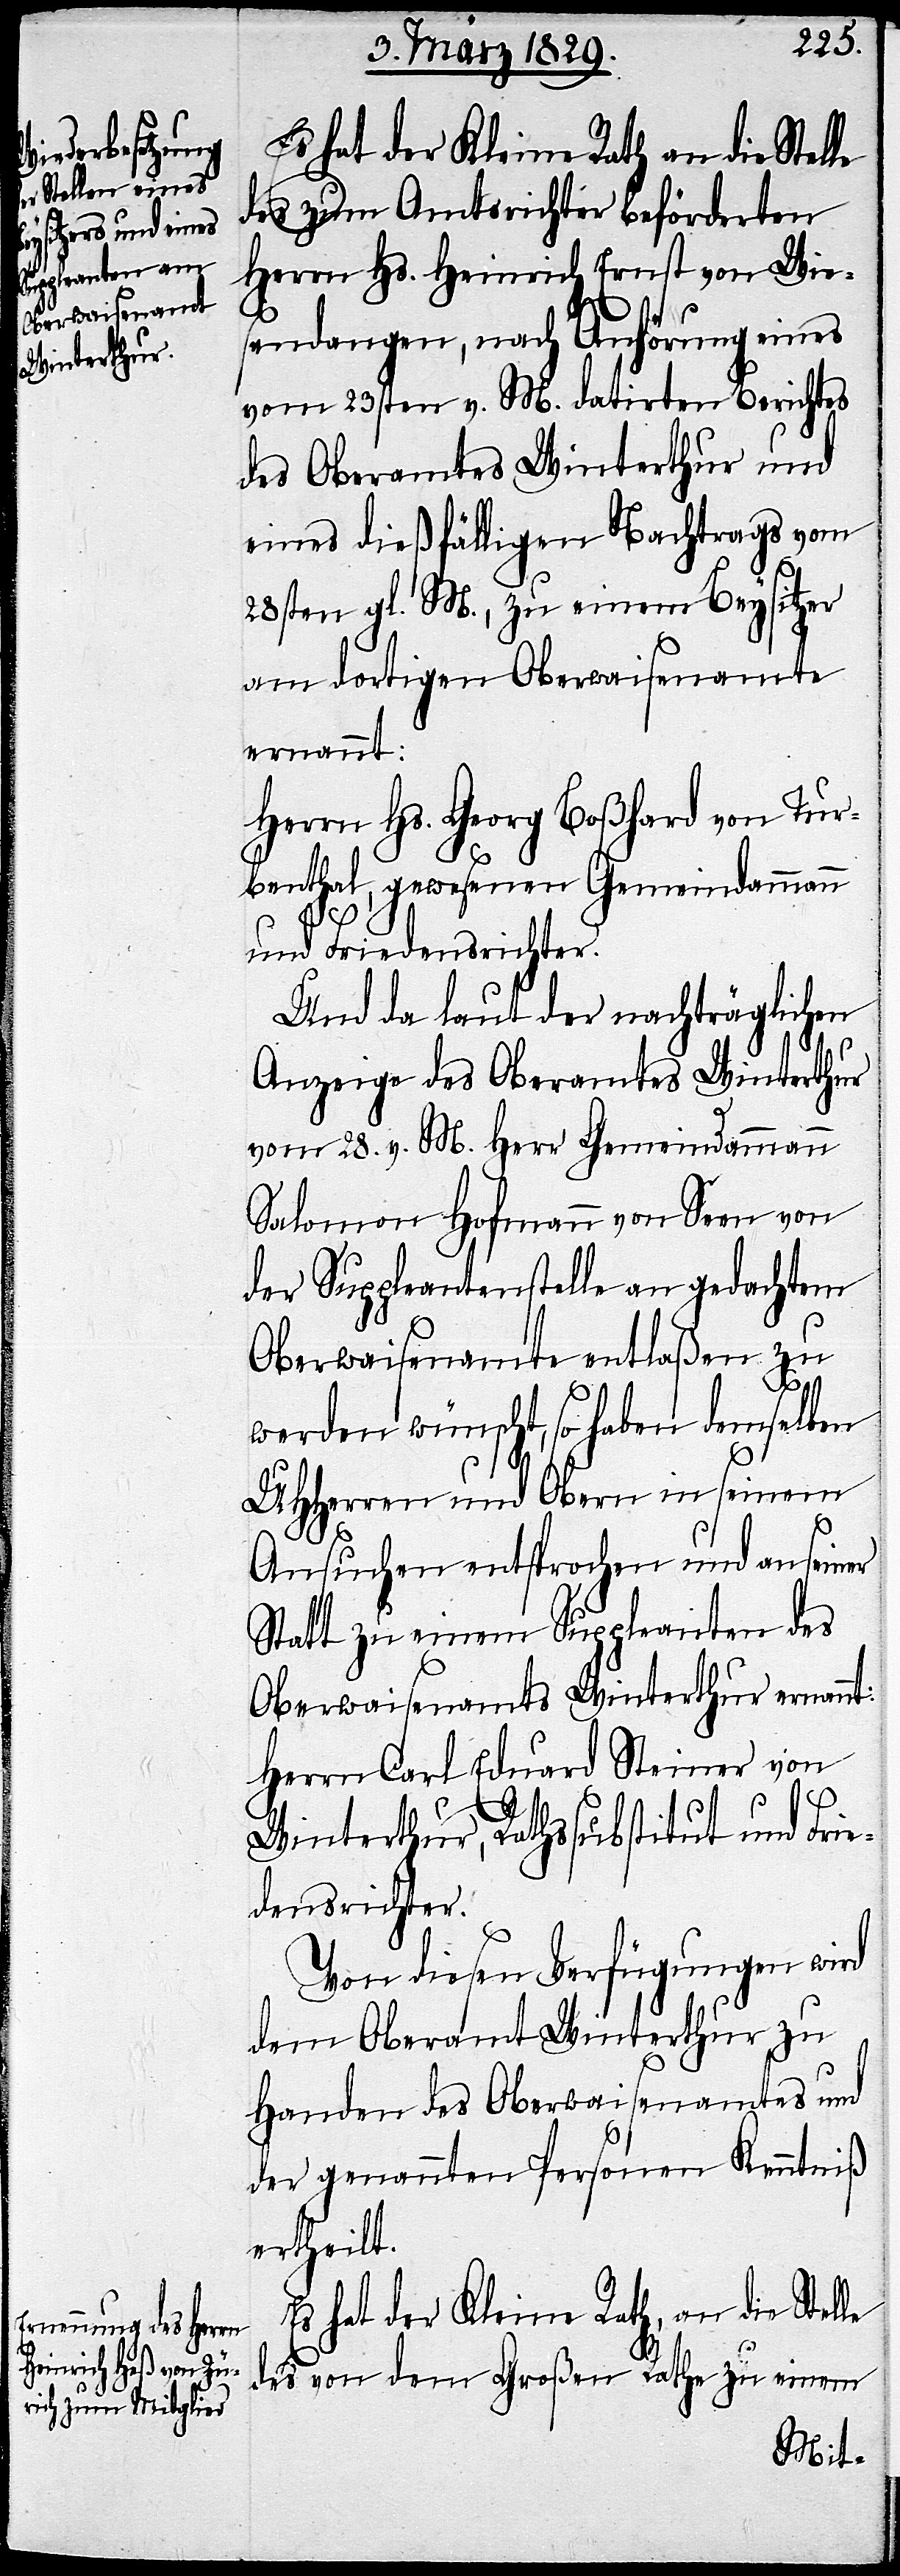
Es hat der Kleine Rath, an die Stelle
des zum Amtsrichter beförderten
Herrn Hs. Heinrich Ernst von Wie¬
sendangen, nach Anhörung eines
vom 23sten v. M. datirten Berichtes
des Oberamtes Winterthur und
eines dießfälligen Nachtrags vom
28sten gl. M., zu einem Beysitzer
am dortigen Oberwaisenamte
ernannt:
Herrn Hs. Georg Boßhard von Tur¬
benthal, gewesenen Gemeindammann
und Friedensrichter.
Und da laut der nachträglichen
Anzeige des Oberamtes Winterthur
vom 28. v. M. Herr Gemeindammann
Salomon Hofmann von Seen von
der Suppleantenstelle an gedachtem
Oberwaisenamte entlaßen zu
werden wünscht, so haben demselben
UHHerren und Obern in seinem
Ansuchen entsprochen und an seiner
Statt zu einem Suppleanten des
Oberwaisenamts Winterthur ernannt:
Herrn Carl Eduard Steiner von
Winterthur, Rathssubstitut und Frie¬
densrichter.
Von diesen Verfügungen wird
dem Oberamt Winterthur zu
Handen des Oberwaisenamtes und
der genannten Personen Kenntniß
ertheilt.
des von dem Großen Rath zu einem